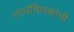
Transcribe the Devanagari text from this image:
तत्वचिंतकांनी